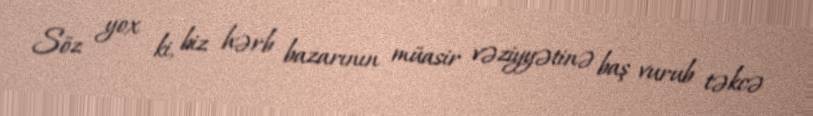
Söz yox ki, biz hərb bazarının müasir vəziyyətinə baş vurub təkcə